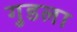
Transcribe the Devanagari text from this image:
गुडला